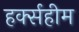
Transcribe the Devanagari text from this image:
हर्क्सहीम